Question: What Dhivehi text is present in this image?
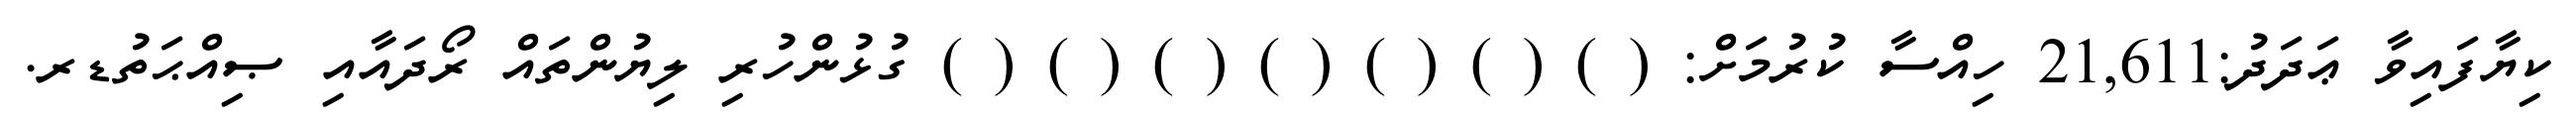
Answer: ކިޔާފައިވާ ޢަދަދު:21,611 ހިއްސާ ކުރުމަށް: ( ) ( ) ( ) ( ) ( ) ( ) ( ) ގުޅުންހުރި ލިޔުންތައް ރޯދައާއި ޞިއްޙަތުޑރ.